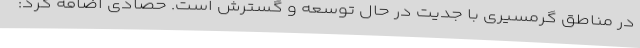
در مناطق گرمسیری با جدیت در حال توسعه و گسترش است. حصادی اضافه کرد: